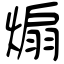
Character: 煽